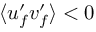
\langle u _ { f } ^ { \prime } v _ { f } ^ { \prime } \rangle < 0